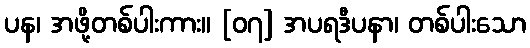
ပန၊ အဖို့တစ်ပါးကား။ [၀၇] အပရဒီပနာ၊ တစ်ပါးသော